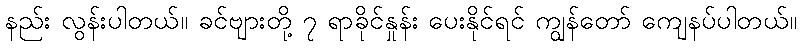
နည်း လွန်းပါတယ်။ ခင်ဗျားတို့ ၇ ရာခိုင်နှုန်း ပေးနိုင်ရင် ကျွန်တော် ကျေနပ်ပါတယ်။